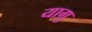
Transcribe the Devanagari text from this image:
यागु